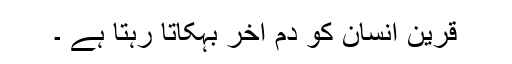
قرین انسان کو دم آخر بہکاتا رہتا ہے ۔